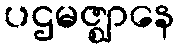
ပဌမဇ္ဈာနေ